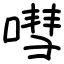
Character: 嘒